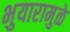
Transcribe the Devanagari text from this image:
भुयारामुळे